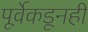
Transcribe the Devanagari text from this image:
पूर्वेकडूनही